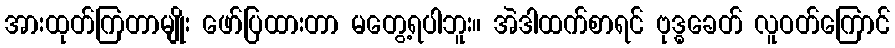
အားထုတ်ကြတာမျိုး ဖော်ပြထားတာ မတွေ့ရပါဘူး။ အဲဒါထက်စာရင် ဗုဒ္ဓခေတ် လူဝတ်ကြောင်